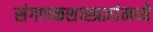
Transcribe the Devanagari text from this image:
संगणकशास्त्रज्ञांमध्ये